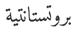
بروتستانتية